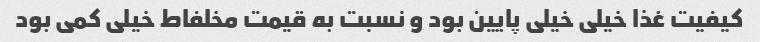
کیفیت غذا خیلی خیلی پایین بود و نسبت به قیمت مخلفاط خیلی کمی بود